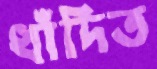
ধাঁদিত